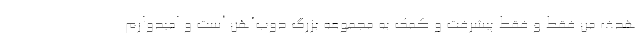
هدف من فقط و فقط پیشرفت و کمک به مجموعه بزرگ ذوب‌آهن است و امیدوارم